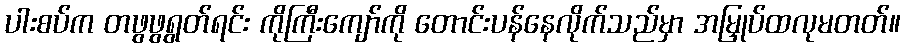
ပါးစပ်က တဖွဖွရွတ်ရင်း ကိုကြီးကျော်ကို တောင်းပန်နေလိုက်သည်မှာ အမြှုပ်ထလုမတတ်။